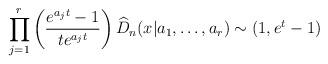
LaTeX: \begin{align*}\prod_{j=1}^r\left(\frac{e^{a_j t}-1}{t e^{a_j t}}\right)\widehat D_n(x|a_1,\dots,a_r)\sim(1, e^t-1)\end{align*}